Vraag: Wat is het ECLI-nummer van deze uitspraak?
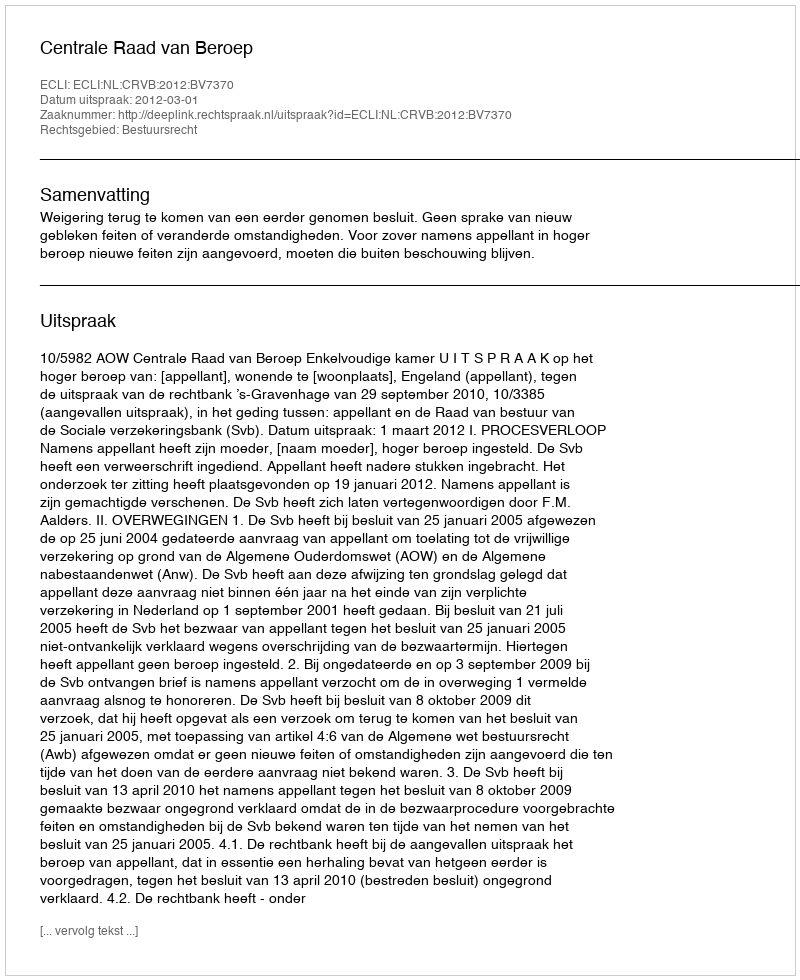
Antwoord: ECLI:NL:CRVB:2012:BV7370